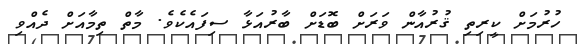
ހުރުމަށް ކީރިތި ޤުރުއާން ވަރަށް ބޮޑަށް ބާރުއަޅާ ސިފައެކެވެ. މާތް ތިމާއަށް ދެއްވި